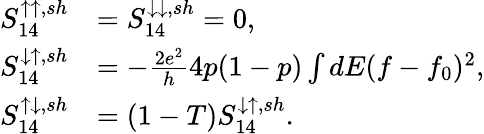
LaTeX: \begin{array}{rl}{{S_{14}^{\uparrow\uparrow,sh}}}&{{=S_{14}^{\downarrow\downarrow,sh}=0,}}\\ {{S_{14}^{\downarrow\uparrow,sh}}}&{{=-\frac{2e^{2}}{h}4p(1-p)\int dE(f-f_{0})^{2},}}\\ {{S_{14}^{\uparrow\downarrow,sh}}}&{{=(1-T)S_{14}^{\downarrow\uparrow,sh}}.}\end{array}